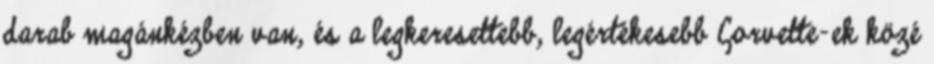
darab magánkézben van, és a legkeresettebb, legértékesebb Corvette-ek közé